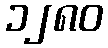
၁၂၈၀